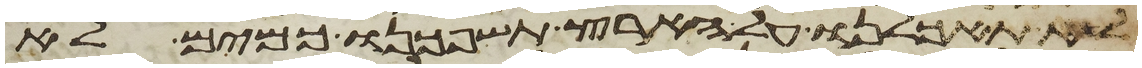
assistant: לא תאכלנו על הארץ תשפכנו כמים לא